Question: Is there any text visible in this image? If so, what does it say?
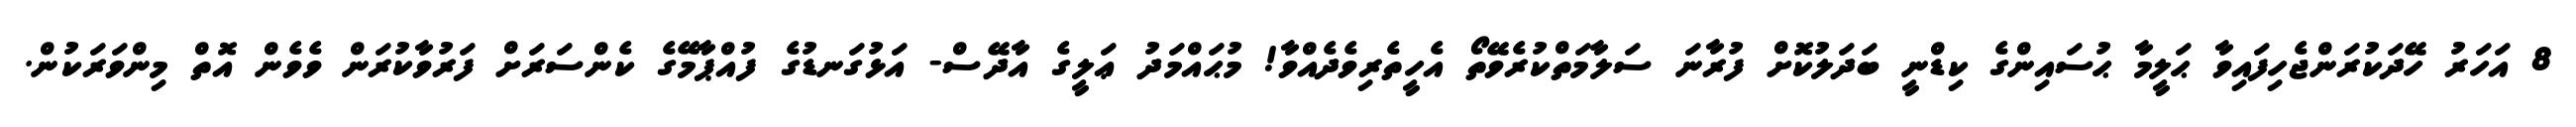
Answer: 8 އަހަރު ހޭދަކުރަންޖެހިފައިވާ ޙަލީމާ ޙުސައިންގެ ކިޑްނީ ބަދަލުކޮށް ފުރާނަ ސަލާމަތްކުރެވޭތޯ އެހީތެރިވެދެއްވާ! މުޙައްމަދު ޢަލީގެ އާދޭސް- އަޅުގަނޑުގެ ފުއްޕާމޭގެ ކެންސަރަށް ފަރުވާކުރަން ވެވެން އޮތް މިންވަރަކުން.